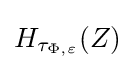
H_{\tau _{\Phi ,\varepsilon }}(Z)